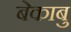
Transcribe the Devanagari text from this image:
बेकाबु